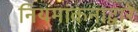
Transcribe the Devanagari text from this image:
नियमांकनाद्वारे